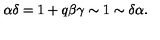
\alpha \delta = 1 + q \beta \gamma \sim 1 \sim \delta \alpha .